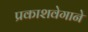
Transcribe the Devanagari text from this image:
प्रकाशवेगाने